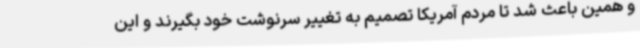
و همین باعث شد تا مردم آمریکا تصمیم به تغییر سرنوشت خود بگیرند و این